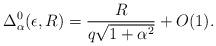
LaTeX: \begin{align*}\Delta_{\alpha}^{0}(\epsilon, R)= \frac{R}{q\sqrt{1+\alpha^{2}}}+O(1).\end{align*}